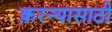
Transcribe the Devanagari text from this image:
क़रन्यासाठी